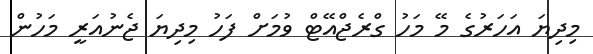
މިދިޔަ އަހަރުގެ މޭ މަހު ގްރެޖްއޭޓް ވުމަށް ފަހު މިދިޔަ ޖެނުއަރީ މަހުން